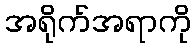
အရိုက်အရာကို